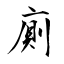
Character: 廁